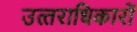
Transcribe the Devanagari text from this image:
उत्‍तराधिकारों